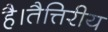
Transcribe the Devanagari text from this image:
है।तैत्तिरीय